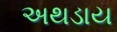
અથડાય